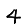
Digit: 4